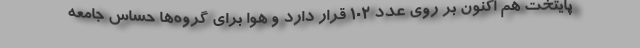
پایتخت هم اکنون بر روی عدد ۱۰۲ قرار دارد و هوا برای گروه‌ها حساس جامعه